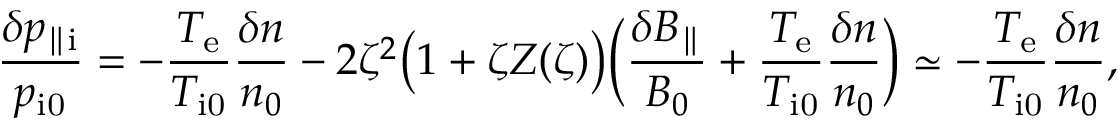
\frac { \delta p _ { \parallel \mathrm { i } } } { p _ { \mathrm { i 0 } } } = - \frac { T _ { \mathrm { e } } } { T _ { \mathrm { i 0 } } } \frac { \delta n } { n _ { 0 } } - 2 \zeta ^ { 2 } \bigl ( 1 + \zeta Z ( \zeta ) \bigr ) \biggl ( \frac { \delta B _ { \parallel } } { B _ { 0 } } + \frac { T _ { \mathrm { e } } } { T _ { \mathrm { i 0 } } } \frac { \delta n } { n _ { 0 } } \biggr ) \simeq - \frac { T _ { \mathrm { e } } } { T _ { \mathrm { i 0 } } } \frac { \delta n } { n _ { 0 } } ,